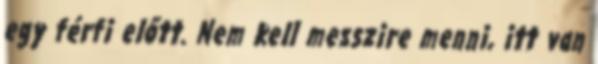
egy férfi előtt. Nem kell messzire menni, itt van